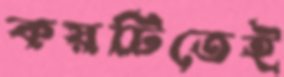
কয়টিতেই